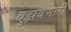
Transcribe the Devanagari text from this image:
बुझवणारी